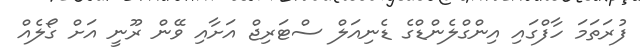
ފުރަތަމަ ހާފްގައި އިންގްލެންޑްގެ ޑެނިއަލް ސްޓަރިޖް އަށާއި ވޭން ރޫނީ އަށް ގޯލެއް